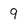
Character: 9